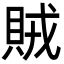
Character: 賊